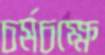
চর্মচক্ষে